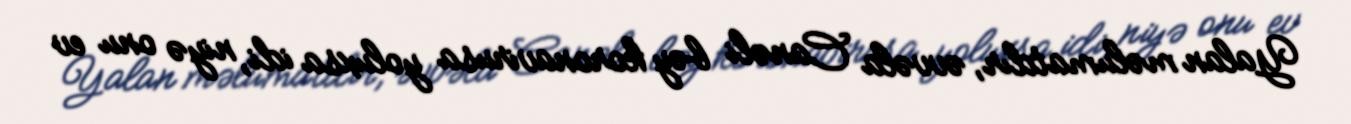
Yalan məlumatdır, əvvəla Canəli bəy koronavirusa yoluxsa idi, niyə onu ev